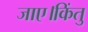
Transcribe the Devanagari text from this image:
जाए।किंतु